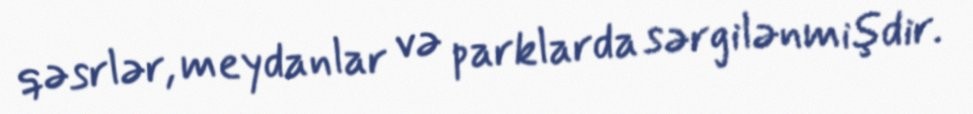
qəsrlər, meydanlar və parklarda sərgilənmişdir.